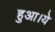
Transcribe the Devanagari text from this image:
हुआ।ये